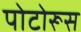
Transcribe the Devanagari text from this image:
पोटोरूस